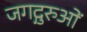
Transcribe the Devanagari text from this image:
जगद्गुरुओं